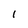
Character: 1